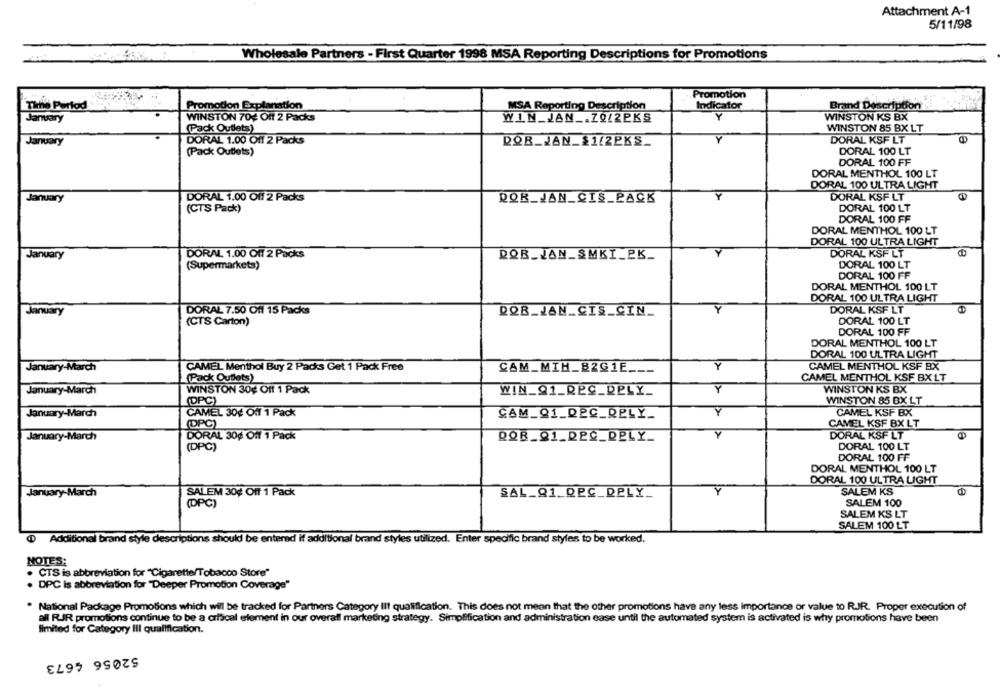
Attachment A-1
5/11/98
Wholesale Partners - First Quarter 1998 MSA Reporting Descriptions for Promotions
Promotion
Tiche Period
Promotion Explanation
Indicator
MSA Reporting Description
Brand Description
January
WINSTON 70% Off 2 Packs
WIN_ JAN _. 7912PKS
Y
WINSTON KS BX
(Pack Outlets)
WINSTON 85 BX LT
DORAL 1.00 Off 2 Packs
DORAL KSF LT
January
QQR_JAN_$1/22KS_
(Pack Outlets)
DORAL 100 LT
DORAL 100 FF
DORAL MENTHOL 100 LT
DORAL 100 ULTRA LIGHT
January
DORAL 1.00 Off 2 Packs
QQR_JAN CIS_PACK
DORAL KSF LT
(CTS Pack)
DORAL 100 LT
DORAL 100 FF
DORAL MENTHOL 100 LT
DORAL 100 ULTRA LIGHT
January
DORAL 1.00 Off 2 Packs
ROB_JAN_SMKI_PK_
DORAL KSF LT
DORAL 100 LT
(Supermarkets)
DORAL 100 FF
DORAL MENTHOL 100 LT
DORAL 100 ULTRA LIGHT
January
DORAL 7.50 Off 15 Packs
QQB_JAN .. CIS_CIN ...
Y
DORAL KSF LT
(CTS Carton)
DORAL 100 LT
DORAL 100 FF
DORAL MENTHOL 100 LT
DORAL 100 ULTRA LIGHT
January-March
CAMEL Menthol Buy 2 Packs Get 1 Pack Free
CAM_MIH_B2G1E.
Y
CAMEL MENTHOL KSF BX
(Pack Outlets)
CAMEL MENTHOL KSF BX LT
January-March
WINSTON 30g Off 1 Pack
Y
WINSTON KS BX
WIN_Q1_REC_RELY_
(DPC)
WINSTON 85 BX LT
January-March
CAMEL 30¢ Off 1 Pack
CAM_01_REC_RPLY_
CAMEL KSF BX
(DPC)
CAMEL KSF BX LT
January-March
DORAL 30¢ Off 1 Pack
QQR_21_DEC_RELY_
DORAL KSF LT
(DPC)
DORAL 100 LT
DORAL 100 FF
DORAL MENTHOL 100 LT
DORAL 100 ULTRA LIGHT
January-March
SALEM 30% Off 1 Pack
SAL_91. DEC_DELY_
SALEM KS
(DPC)
SALEM 100
SALEM KS LT
SALEM 100 LT
@ Additional brand style descriptions should be entered if additional brand styles utilized. Enter specific brand styles to be worked.
NOTES:
· CTS is abbreviation for "Cigarette/Tobacco Store"
. DPC is abbreviation for "Deeper Promotion Coverage"
. National Package Promotions which will be tracked for Partners Category III qualification. This does not mean that the other promotions have any less importance or value to RJR. Proper execution of
all RIR promotions continue to be a crfScal element in our overall marketing strategy. Simplification and administration ease until the automated system is activated is why promotions have been
limited for Category III qualification.
52056 4673